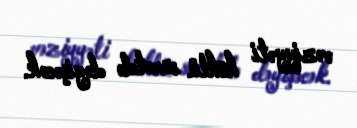
vəziyyəti köklü surətdə dəyişəcək.